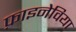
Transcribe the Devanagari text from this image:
फ़ाइनेविया